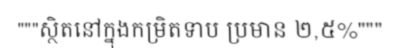
"""ស្ថិតនៅក្នុងកម្រិតទាប ប្រមាន ២,៥%"""